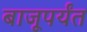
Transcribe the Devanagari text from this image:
बाजूपर्यंत